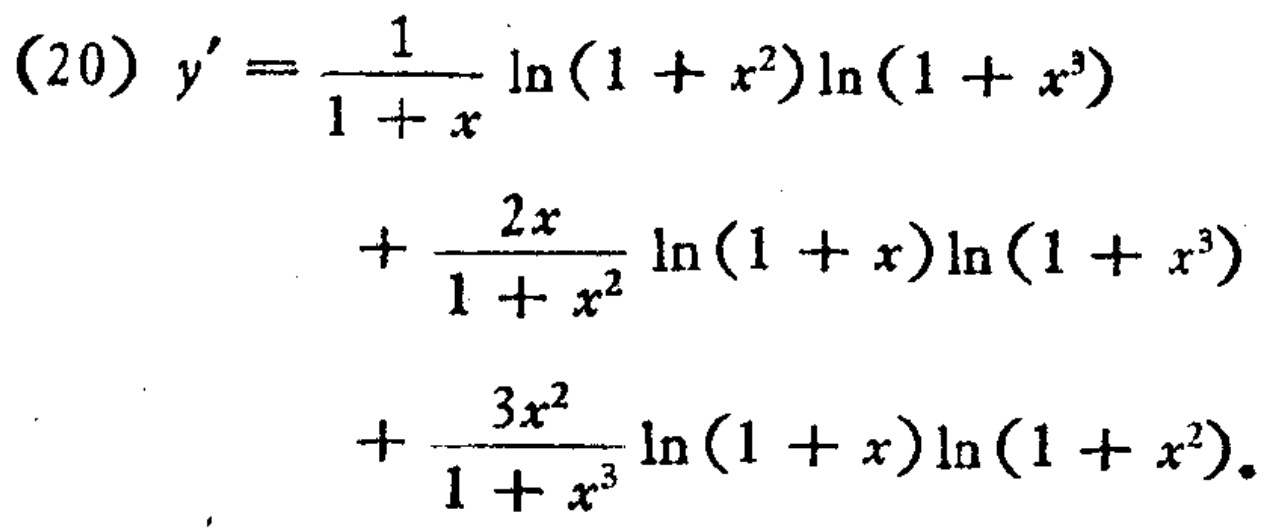
\[
\begin{align*}
(20)\ y'=&\frac{1}{1 + x}\ln(1 + x^{2})\ln(1 + x^{3})\\
&+\frac{2x}{1 + x^{2}}\ln(1 + x)\ln(1 + x^{3})\\
&+\frac{3x^{2}}{1 + x^{3}}\ln(1 + x)\ln(1 + x^{2}).
\end{align*}
\]